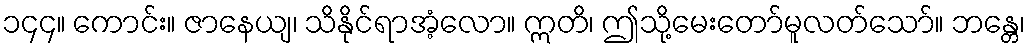
၁၄၄။ ကောင်း။ ဇာနေယျ၊ သိနိုင်ရာအံ့လော။ ဣတိ၊ ဤသို့မေးတော်မူလတ်သော်။ ဘန္တေ၊